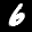
Label: 6